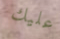
عليك